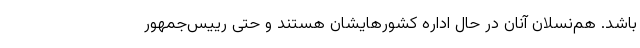
باشد. هم‌نسلان آنان در حال اداره کشورهایشان هستند و حتی رییس‌جمهور